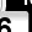
Digit: 6